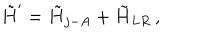
LaTeX: \tilde { H } ^ { \prime } = \tilde { H } _ { j - A } + \tilde { H } _ { L R } \, ,